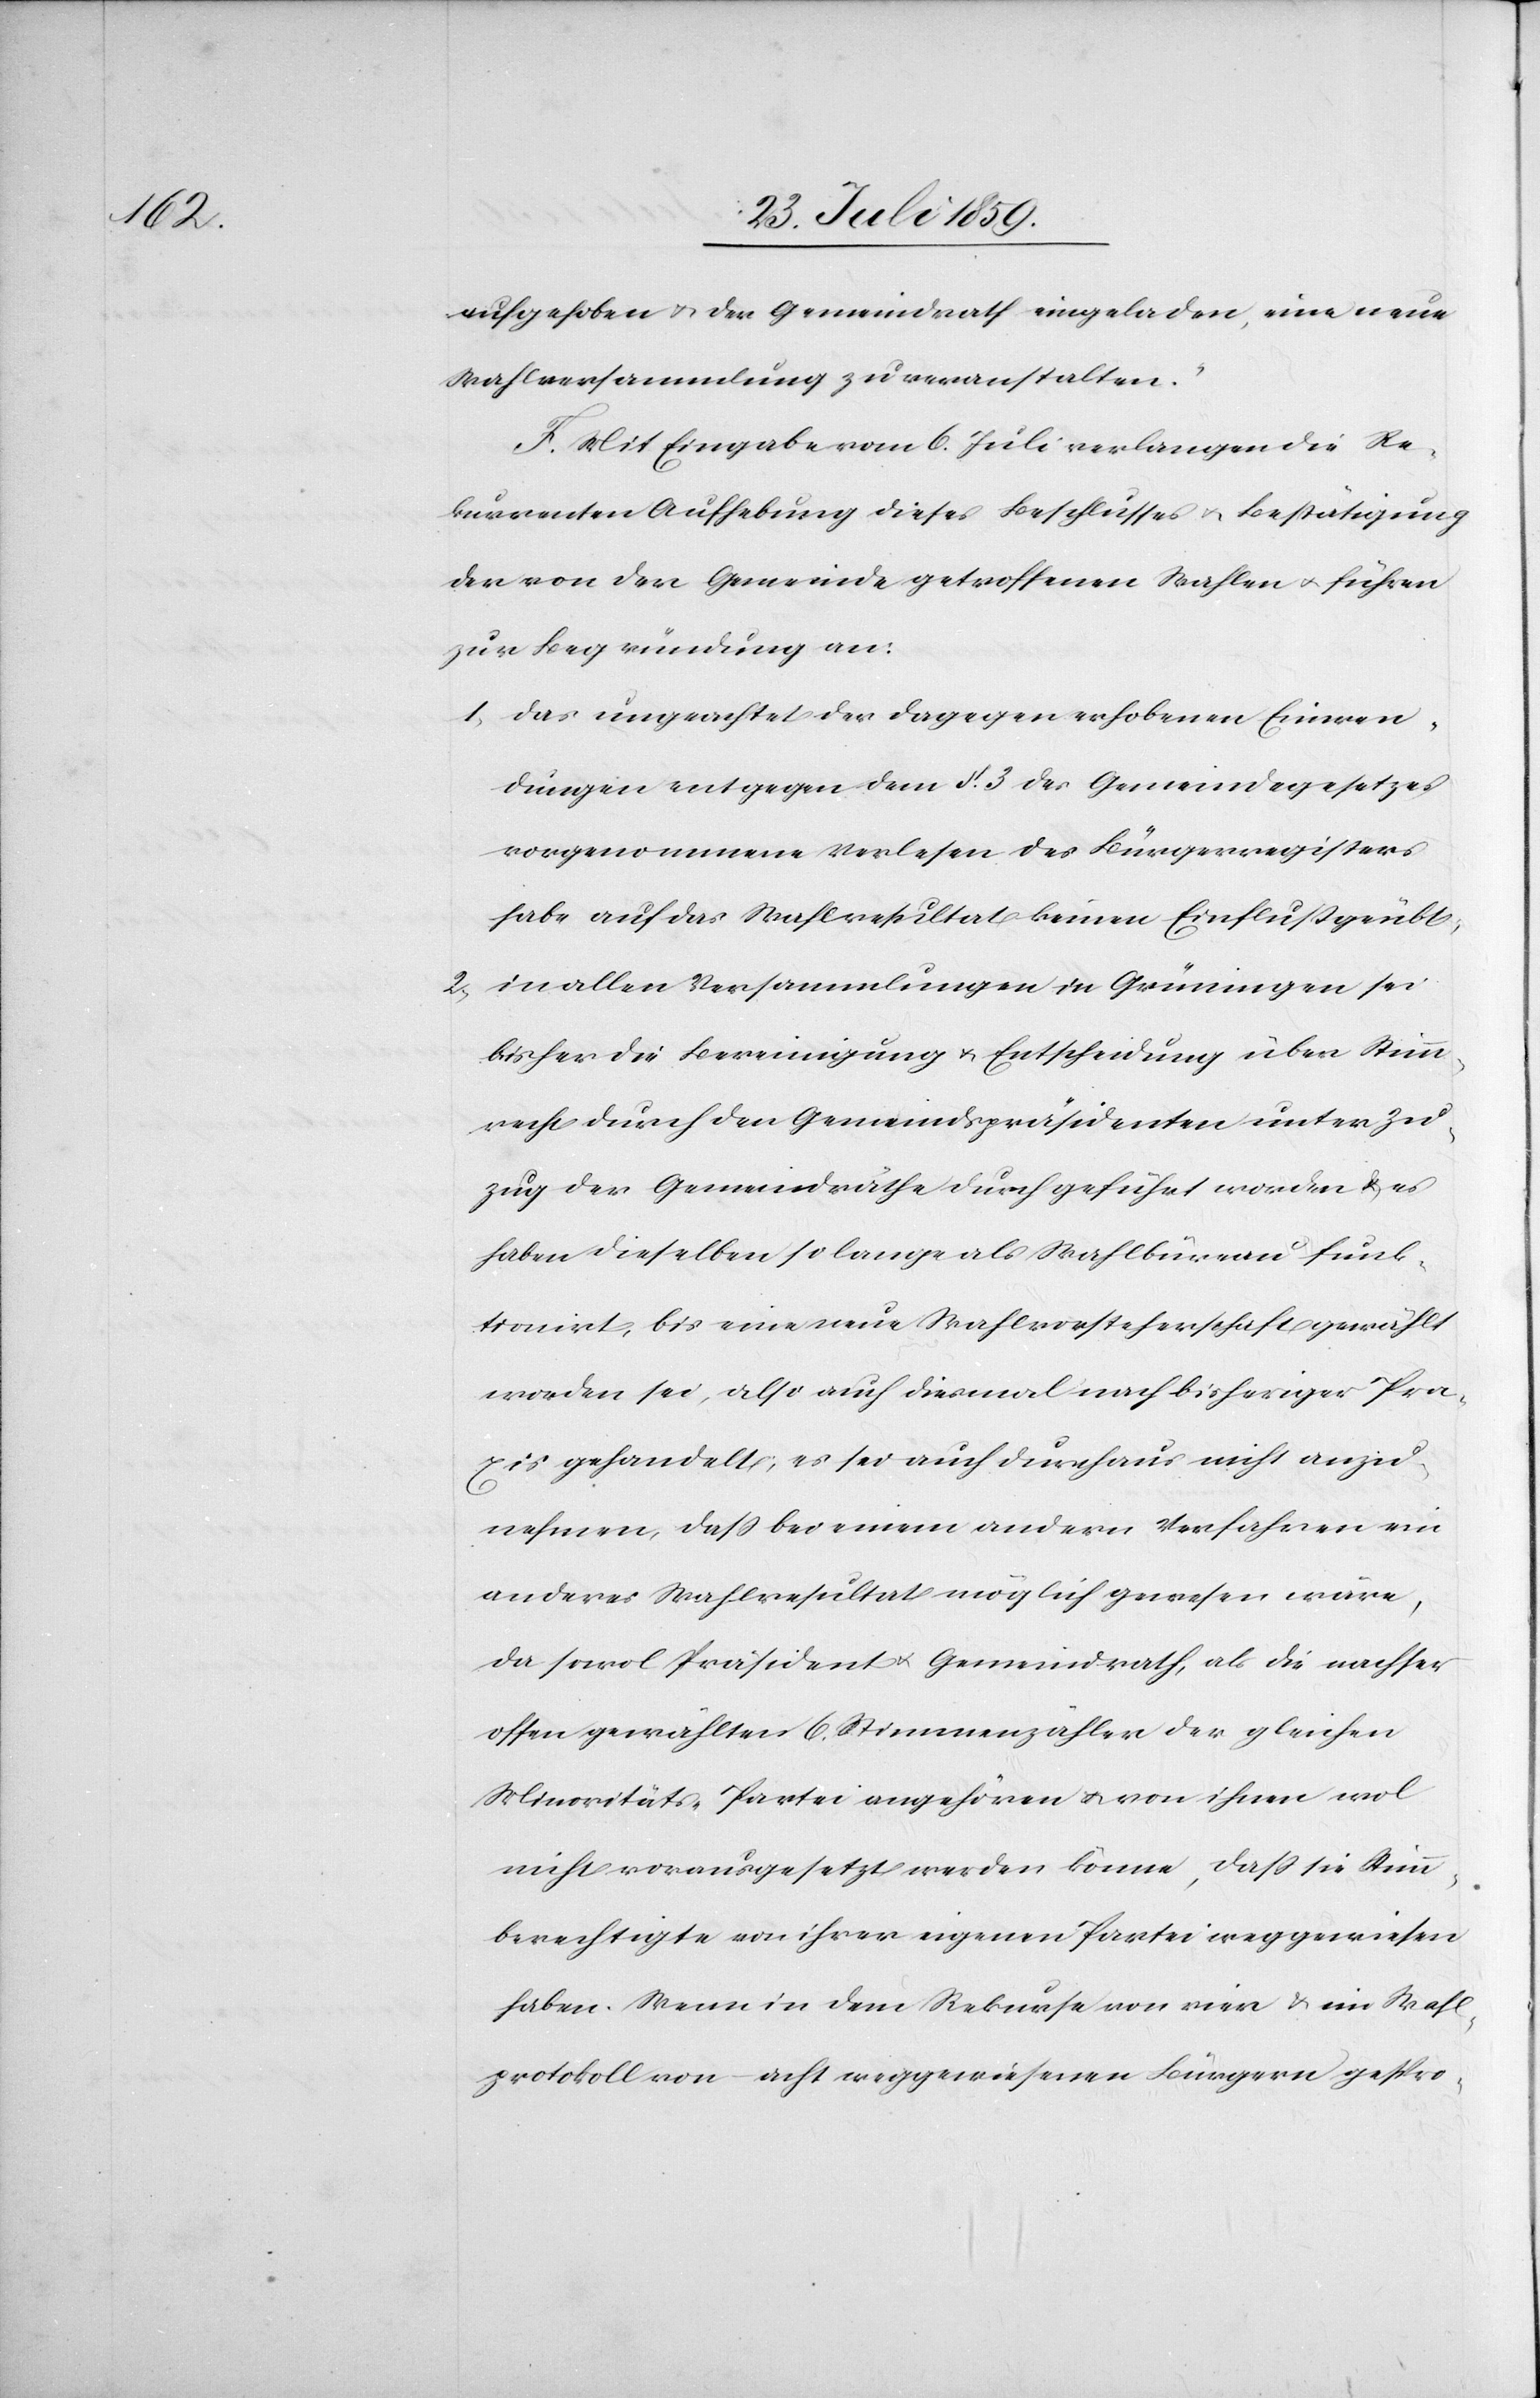
aufgehoben u. der Gemeindrath eingeladen, eine neue
Wahlversammlung zu veranstalten.“
F. Mit Eingabe vom 6. Juli verlangen die Re¬
kurrenten Aufhebung dieses Beschlusses u. Bestätigung
der von der Gemeinde getroffenen Wahlen u. führen
zur Begründung an:
1. Das ungeachtet der dagegen erhobenen Einwen¬
dungen entgegen dem § 3 des Gemeindegesetzes
vorgenommene Verlesen des Bürgerregisters
habe auf das Wahlresultat keinen Einfluß geübt;
2. in allen Versammlungen in Grüningen sei
bisher die Bereinigung u. Entscheidung über Stim¬
mrecht durch den Gemeindspräsidenten unter Zu¬
zug der Gemeindräthe durchgeführt worden u. es
haben dieselben so lange als Wahlbüreau funk¬
tionirt, bis eine neue Wahlvorsteherschaft gewählt
worden sei, also auch diesmal nach bisheriger Pra¬
xis gehandelt; es sei auch durchaus nicht anzu¬
nehmen, daß bei einem andern Verfahren ein
anderes Wahlresultat möglich gewesen wäre,
da sowol Präsident u. Gemeindrath, als die nachher
offen gewählten 6. Stimmenzähler der gleichen
Minoritäts-Partei angehören u. von ihnen wol
nicht vorausgesetzt werden könne, daß sie Stimm¬
berechtigte von ihrer eigenen Partei weggewiesen
haben. Wenn in dem Rekurse von vier u. im Wahl¬
protokoll von acht weggewiesenen Bürgern gespro-